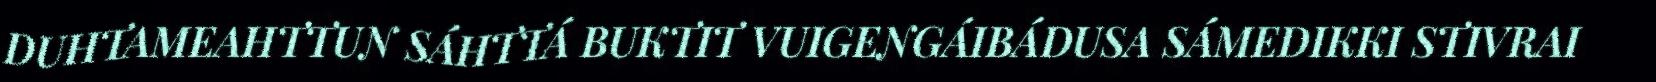
DUHTAMEAHTTUN SÁHTTÁ BUKTIT VUIGENGÁIBÁDUSA SÁMEDIKKI STIVRAI